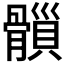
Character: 𩪇